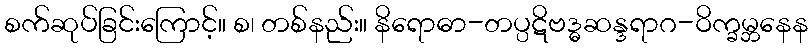
စက်ဆုပ်ခြင်းကြောင့်။ စ၊ တစ်နည်း။ နိရောဓာ-တပ္ပဋိဗဒ္ဓဆန္ဒရာဂ-ဝိက္ခမ္ဘနေန